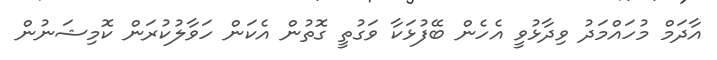
އާދަމް މުހައްމަދު ވިދާޅުވީ އެހެން ބޭފުޅަކާ ވަގުތީ ގޮތުން އެކަން ހަވާލުކުރަން ކޮމިޝަނުން